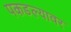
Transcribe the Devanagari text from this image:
पकडल्यावर